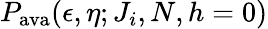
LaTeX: P_{\textrm{ava}}(\epsilon,\eta;J_{i},N,h=0)